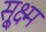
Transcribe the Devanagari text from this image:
सू्क्ष्म